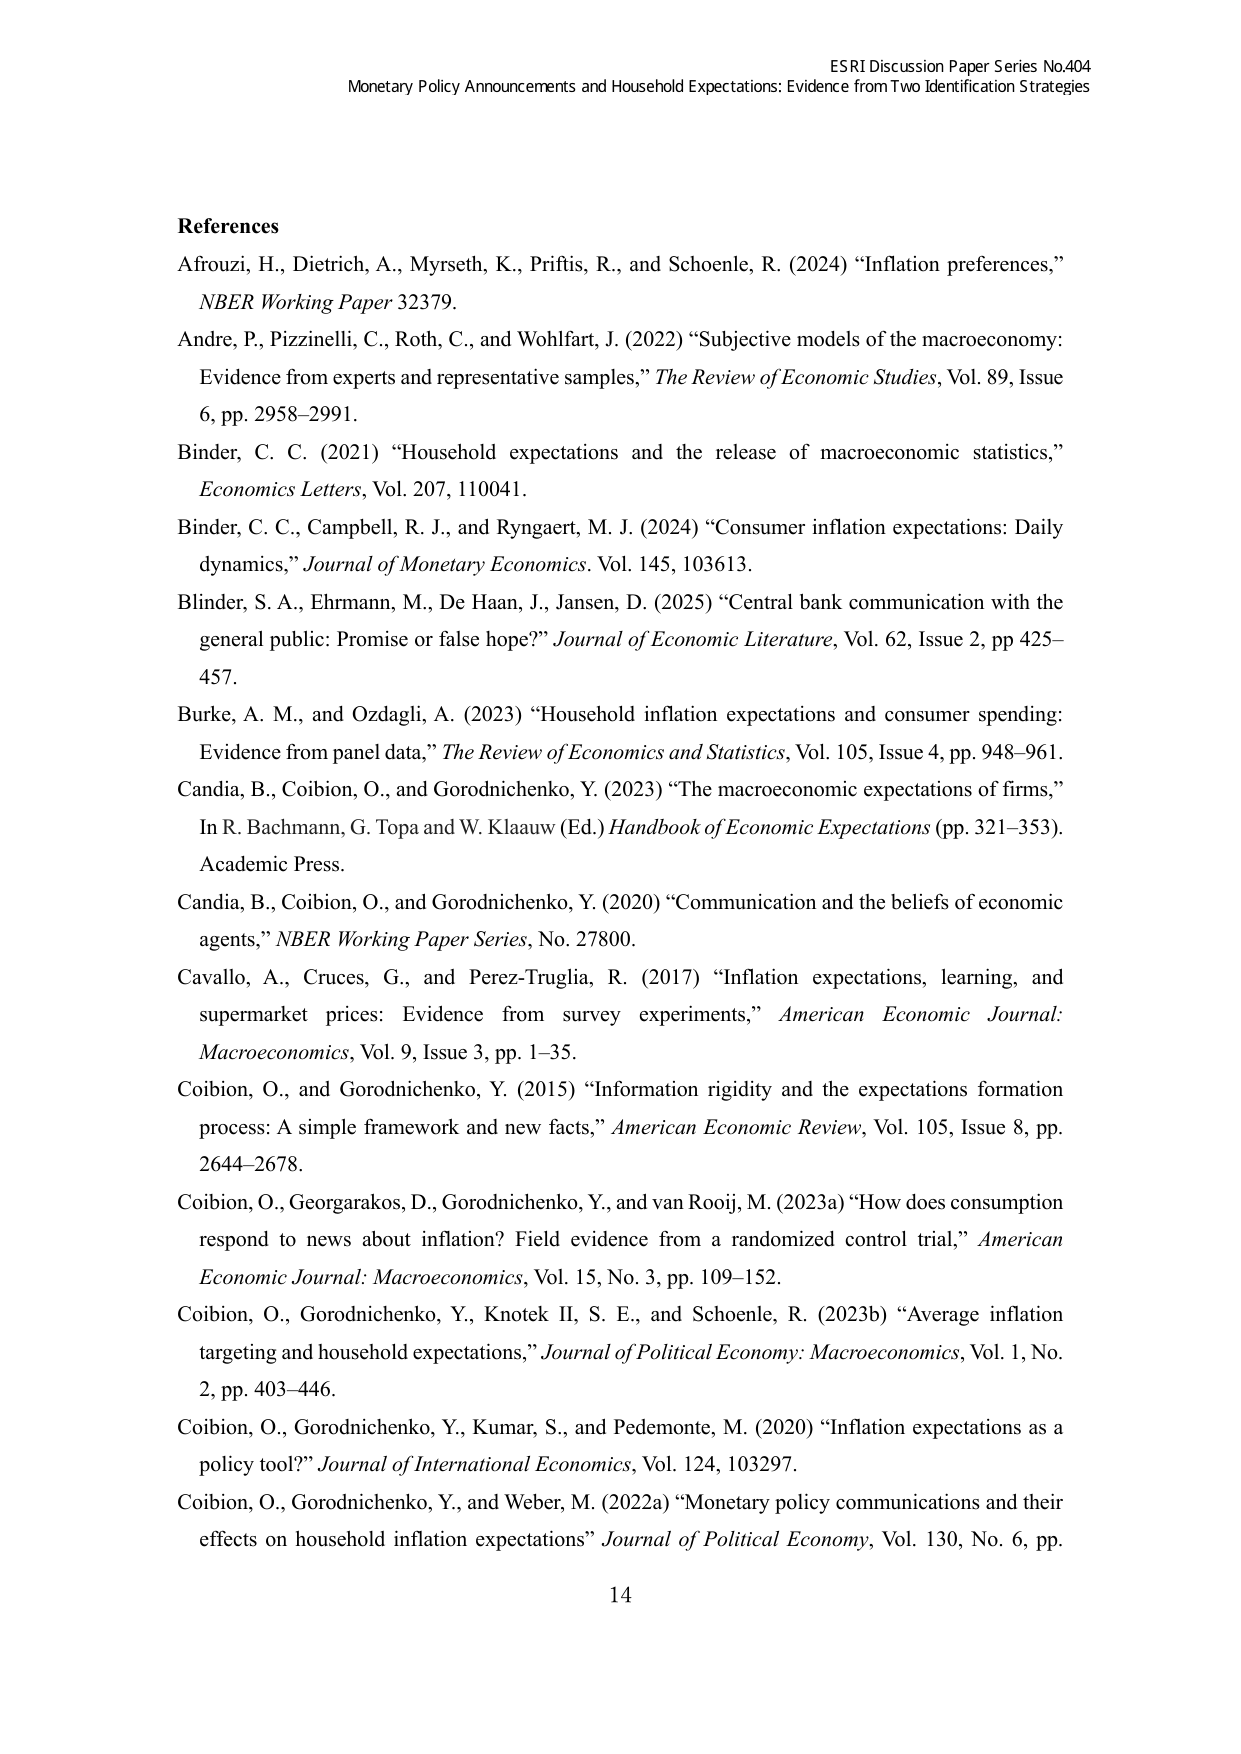
ESRI Discussion Paper Series No.404
Monetary Policy Announcements and Household Expectations: Evidence from Two Identification Strategies

References
Afrouzi, H., Dietrich, A., Myrseth, K., Priftis, R., and Schoenle, R. (2024) “Inflation preferences,” NBER Working Paper 32379.
Andre, P., Pizzinelli, C., Roth, C., and Wohlfart, J. (2022) “Subjective models of the macroeconomy: Evidence from experts and representative samples,” The Review of Economic Studies, Vol. 89, Issue 6, pp. 2958–2991.
Binder, C. C. (2021) “Household expectations and the release of macroeconomic statistics,” Economics Letters, Vol. 207, 110041.
Binder, C. C., Campbell, R. J., and Ryngaert, M. J. (2024) “Consumer inflation expectations: Daily dynamics,” Journal of Monetary Economics. Vol. 145, 103613.
Blinder, S. A., Ehrmann, M., De Haan, J., Jansen, D. (2025) “Central bank communication with the general public: Promise or false hope?” Journal of Economic Literature, Vol. 62, Issue 2, pp 425–457.
Burke, A. M., and Ozdagli, A. (2023) “Household inflation expectations and consumer spending: Evidence from panel data,” The Review of Economics and Statistics, Vol. 105, Issue 4, pp. 948–961.
Candia, B., Coibion, O., and Gorodnichenko, Y. (2023) “The macroeconomic expectations of firms,” In R. Bachmann, G. Topa and W. Klaauw (Ed.) Handbook of Economic Expectations (pp. 321–353). Academic Press.
Candia, B., Coibion, O., and Gorodnichenko, Y. (2020) “Communication and the beliefs of economic agents,” NBER Working Paper Series, No. 27800.
Cavallo, A., Cruces, G., and Perez-Truglia, R. (2017) “Inflation expectations, learning, and supermarket prices: Evidence from survey experiments,” American Economic Journal: Macroeconomics, Vol. 9, Issue 3, pp. 1–35.
Coibion, O., and Gorodnichenko, Y. (2015) “Information rigidity and the expectations formation process: A simple framework and new facts,” American Economic Review, Vol. 105, Issue 8, pp. 2644–2678.
Coibion, O., Georgarakos, D., Gorodnichenko, Y., and van Rooij, M. (2023a) “How does consumption respond to news about inflation? Field evidence from a randomized control trial,” American Economic Journal: Macroeconomics, Vol. 15, No. 3, pp. 109–152.
Coibion, O., Gorodnichenko, Y., Knotek II, S. E., and Schoenle, R. (2023b) “Average inflation targeting and household expectations,” Journal of Political Economy: Macroeconomics, Vol. 1, No. 2, pp. 403–446.
Coibion, O., Gorodnichenko, Y., Kumar, S., and Pedemonte, M. (2020) “Inflation expectations as a policy tool?” Journal of International Economics, Vol. 124, 103297.
Coibion, O., Gorodnichenko, Y., and Weber, M. (2022a) “Monetary policy communications and their effects on household inflation expectations” Journal of Political Economy, Vol. 130, No. 6, pp.

14